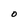
Character: O